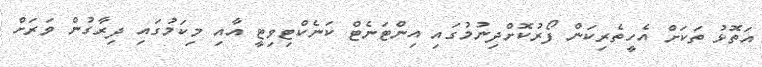
އަތޮޅު ތަކަށް އެހީތެރިކަން ފޯރުކޮށްދިނުމުގައި އިންޓަނެޓް ކަނެކްޓިވިޓީ އާއި މިކަމުގައި ދިރާގުން ވަރަށް